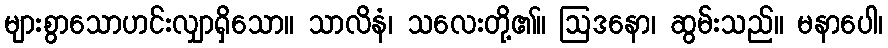
များစွာသောဟင်းလျှာရှိသော။ သာလိနံ၊ သလေးတို့၏။ ဩဒနော၊ ဆွမ်းသည်။ မနာပေါ၊